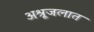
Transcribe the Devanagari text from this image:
अश्रूजलात